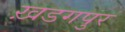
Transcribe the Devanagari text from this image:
ख़डगपुर